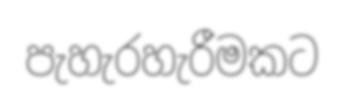
පැහැරහැරීමකට